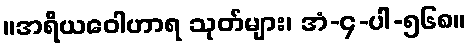
။အရိယဝေါဟာရ သုတ်များ၊ အံ-၄-ပါ-၅၆၈။